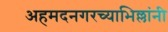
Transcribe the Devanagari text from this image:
अहमदनगरच्याभिल्लांनी